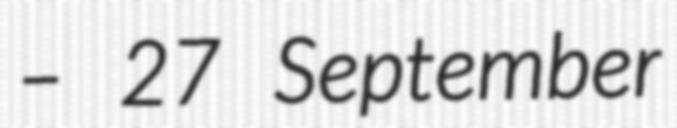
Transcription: – 27 September